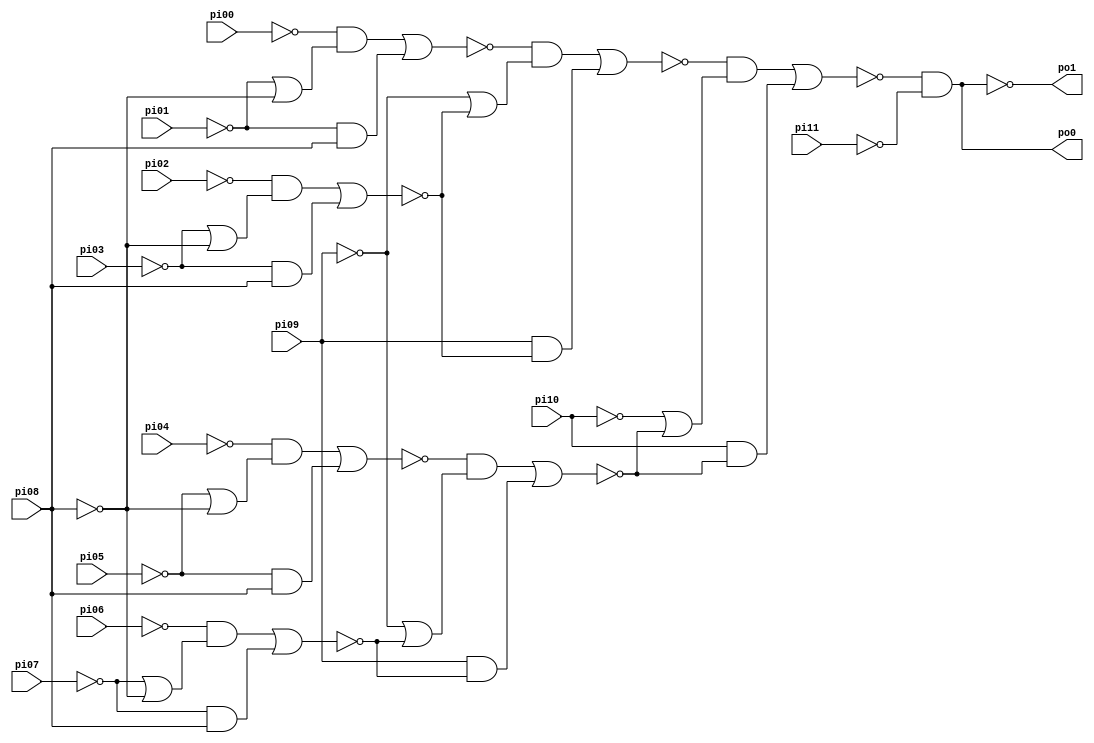
// Benchmark "CM151" written by ABC on Thu Mar 19 13:02:36 2020

module CM151 ( 
    pi00, pi01, pi02, pi03, pi04, pi05, pi06, pi07, pi08, pi09, pi10, pi11,
    po0, po1  );
  input  pi00, pi01, pi02, pi03, pi04, pi05, pi06, pi07, pi08, pi09,
    pi10, pi11;
  output po0, po1;
  wire new_n17_, new_n18_, new_n19_, new_n20_, new_n21_, new_n22_, new_n23_;
  assign po1 = ~po0;
  assign po0 = ~new_n23_ & ~pi11;
  assign new_n17_ = (~pi00 & (~pi01 | ~pi08)) | (~pi01 & pi08);
  assign new_n18_ = (~pi02 & (~pi03 | ~pi08)) | (~pi03 & pi08);
  assign new_n19_ = (~pi04 & (~pi05 | ~pi08)) | (~pi05 & pi08);
  assign new_n20_ = (~pi06 & (~pi07 | ~pi08)) | (~pi07 & pi08);
  assign new_n21_ = (~new_n17_ & (~pi09 | ~new_n18_)) | (pi09 & ~new_n18_);
  assign new_n22_ = (~new_n19_ & (~pi09 | ~new_n20_)) | (pi09 & ~new_n20_);
  assign new_n23_ = (~new_n21_ & (~pi10 | ~new_n22_)) | (pi10 & ~new_n22_);
endmodule